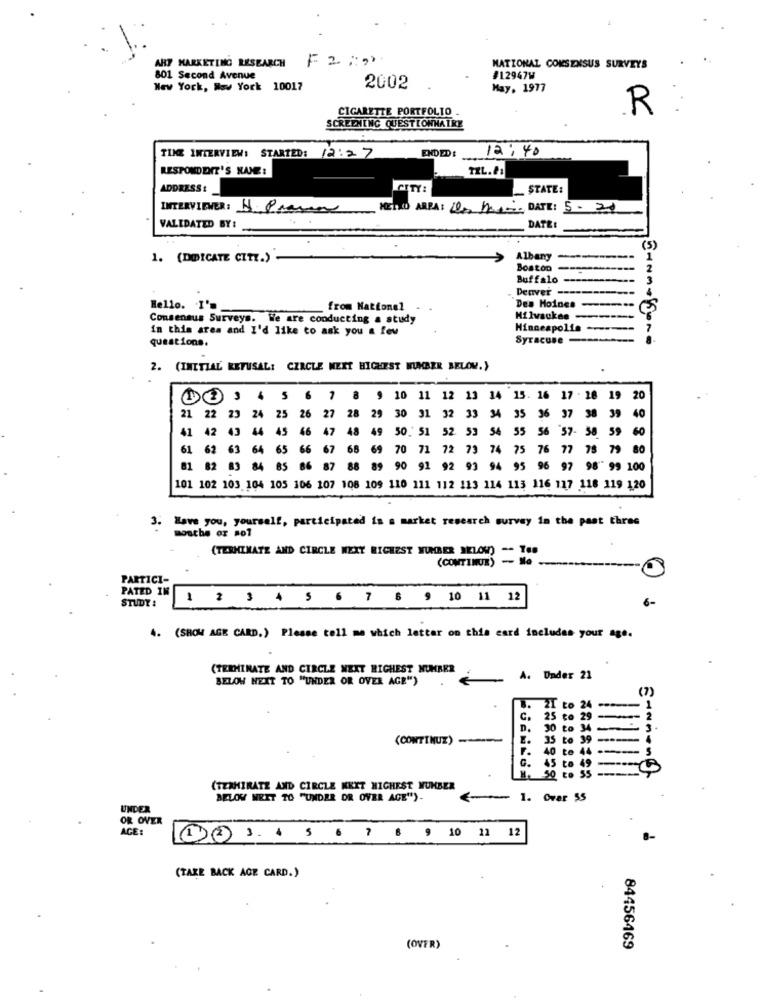
F2:2
ART MARKETING RESEARCH
NATIONAL CONSENSUS SURVEYS
801 Second Avenue
#12947W
New York, New York 10017
2002
May, 1977
CIGARETTE PORTFOLIO .
R
SCREENING QUESTIONNAIRE
ENDED :
12:40
TIME INTERVIEW: STARTED: 12:27
RESPONDERIT'S NAME:
TEL.P:
ADDRESS:
CITY:
STATE:
INTERVIEWER: 1. Prame MET110 ARRA: Dos hearing DATE: 5.20
VALIDATED BY :_
DATE:
(5)
1. (DEDICATE CITY.)
Albany
Boston
---
Buffalo
Denver -----------
Hello. I'm
from Nationel
Des Moines ---
Consensus Surveys. We are conducting a study
Milwaukee
in this area and I'd like to ask you a few
Minneapolis
questions.
Syracuse -------
2. (INITIAL REFUSAL: CIRCLE NEXT HIGHEST NUMBER BELOW.)
6
10 11 12 13 14
15. 16 17 - 18 19 20
24
25
26
27
28
29
21 22 23
30 31 32 33
34 35 36 37 38 39 40
41
42
44
45
46
47
48
49
50. 51 5
53 54 55 56 57- 58 59 60
61
62
63
64
65
66
67
68 69
70 71 72 73 74 75 76 77 78 79 80
81
82
83
84
85
87
88
89
90
91 92 93 94 95 96 97 98 99 100
101 102 103 104 105 106 107 108 109 110 111 112 113 114 113 116 117 118 119 120
3. Have you, yourself, participated in s market research survey in the past three
mosthe or sol
(TERMINATE AND CIRCLE NEXY HIGHEST NUMBER BELOW) -- THE
(CONTINUE)
PARTICI-
PATED IN
1 2 3 4 5 6 7 8 9 10 11 12
6-
STUDY :
4. (SHOW AGE CARD.) Please tell me which letter on this card includes your age.
(TERMINATE AND CIRCLE NEXT RICHEST NUMBER
BELOW NEXT TO "UNDER OR OVER AGE")
A. Under 21
(7)
21
B.
te
25
to
2
2
30
to
34
(CONTINUE) -
35
to
39
40
to
---
5
to
45
50
Sammens
(TEXHIRATZ AND CIRCLE KKET HIGHEST NUMBER
BELOW WEET TO "UNDER OR OVER AGE")-
- 1. Orar $5
UNDER
OR OVER
AGE:
12 3 4 5 6 7 8 9 10 23 12
(TAKE BACK AGE CARD.)
(OVER)
84456469